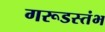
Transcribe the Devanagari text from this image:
गरूडस्तंभ